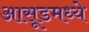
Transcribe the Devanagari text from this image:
आसूडमध्ये